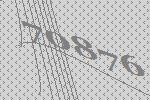
70876